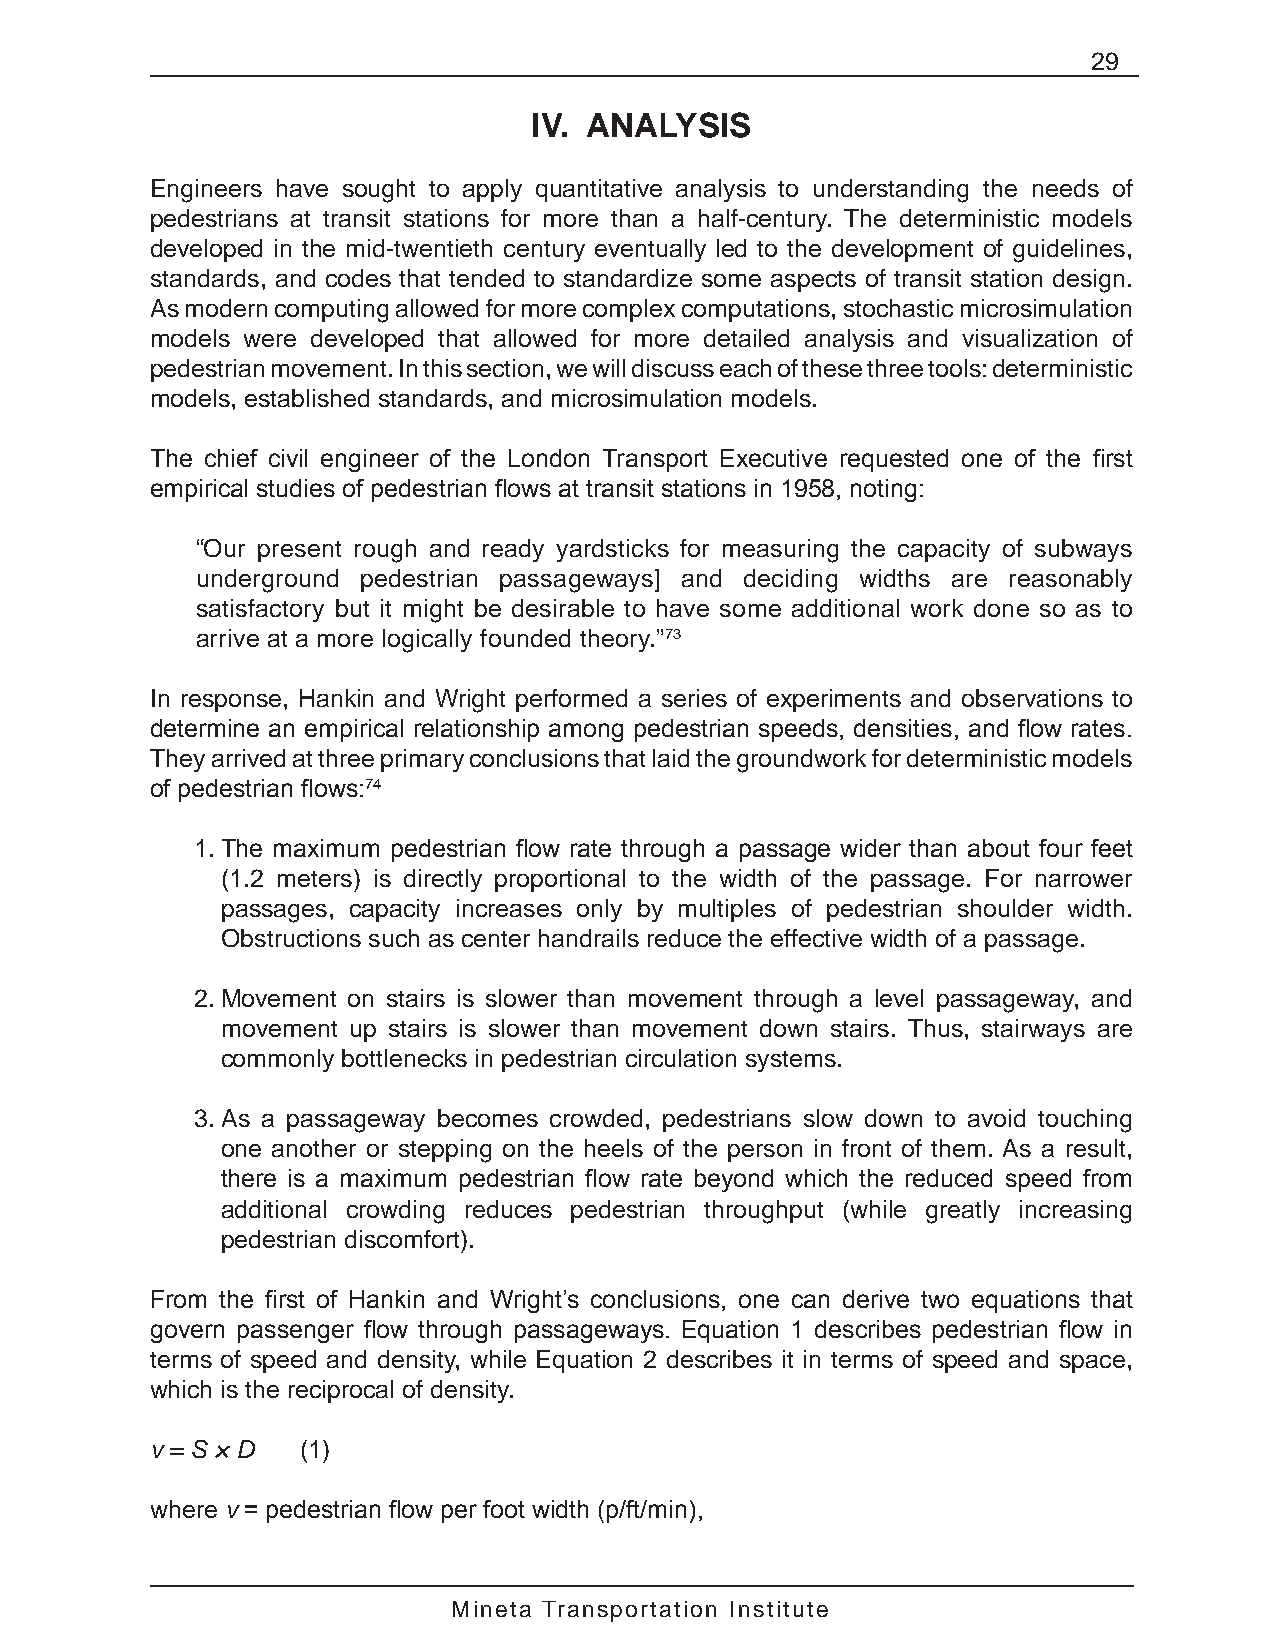
29
 IV. ANALYSIS
 Engineers have sought to apply quantitative analysis to understanding the needs of
 pedestrians at transit stations for more than a half-century. The deterministic models
 developed in the mid-twentieth century eventually led to the development of guidelines,
 standards, and codes that tended to standardize some aspects of transit station design.
 As modern computing allowed for more complex computations, stochastic microsimulation
 models were developed that allowed for more detailed analysis and visualization of
 pedestrian movement. In this section, we will discuss each of these three tools: deterministic
 models, established standards, and microsimulation models.
 The chief civil engineer of the London Transport Executive requested one of the first
 empirical studies of pedestrian flows at transit stations in 1958, noting:
 “Our present rough and ready yardsticks for measuring the capacity of subways
 underground pedestrian passageways] and deciding widths are reasonably
 satisfactory but it might be desirable to have some additional work done so as to
 arrive at a more logically founded theory.”73
 In response, Hankin and Wright performed a series of experiments and observations to
 determine an empirical relationship among pedestrian speeds, densities, and flow rates.
 They arrived at three primary conclusions that laid the groundwork for deterministic models
 of pedestrian flows:74
 1. The maximum pedestrian flow rate through a passage wider than about four feet
 (1.2 meters) is directly proportional to the width of the passage. For narrower
 passages, capacity increases only by multiples of pedestrian shoulder width.
 Obstructions such as center handrails reduce the effective width of a passage.
 2. Movement on stairs is slower than movement through a level passageway, and
 movement up stairs is slower than movement down stairs. Thus, stairways are
 commonly bottlenecks in pedestrian circulation systems.
 3. As a passageway becomes crowded, pedestrians slow down to avoid touching
 one another or stepping on the heels of the person in front of them. As a result,
 there is a maximum pedestrian flow rate beyond which the reduced speed from
 additional crowding reduces pedestrian throughput (while greatly increasing
 pedestrian discomfort).
 From the first of Hankin and Wright’s conclusions, one can derive two equations that
 govern passenger flow through passageways. Equation 1 describes pedestrian flow in
 terms of speed and density, while Equation 2 describes it in terms of speed and space,
 which is the reciprocal of density.
 v = S × D (1)
 where v = pedestrian flow per foot width (p/ft/min),
 Mineta Transportation Institute